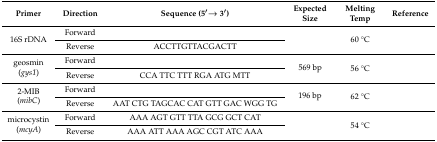
<table><thead><tr><td><b>Primer</b></td><td><b>Direction</b></td><td><b>Sequence (5′→ 3′)</b></td><td><b>Expected Size</b></td><td><b>Melting Temp</b></td><td><b>Reference</b></td></tr></thead><tbody><tr><td rowspan="2">16S rDNA</td><td>Forward</td><td>[EMPTY_CELL]</td><td rowspan="2">[EMPTY_CELL]</td><td rowspan="2">60 °C</td><td rowspan="2">[EMPTY_CELL]</td></tr><tr><td>Reverse</td><td>ACCTTGTTACGACTT</td></tr><tr><td rowspan="2">geosmin(<i>gys1</i>)</td><td>Forward</td><td>[EMPTY_CELL]</td><td rowspan="2">569 bp</td><td rowspan="2">56 °C</td><td rowspan="2">[EMPTY_CELL]</td></tr><tr><td>Reverse</td><td>CCA TTC TTT RGA ATG MTT</td></tr><tr><td rowspan="2">2-MIB(<i>mibC</i>)</td><td>Forward</td><td>[EMPTY_CELL]</td><td rowspan="2">196 bp</td><td rowspan="2">62 °C</td><td rowspan="2">[EMPTY_CELL]</td></tr><tr><td>Reverse</td><td>AAT CTG TAGCAC CAT GTT GAC WGG TG</td></tr><tr><td rowspan="2">microcystin(<i>mcyA</i>)</td><td>Forward</td><td>AAA AGT GTT TTA GCG GCT CAT</td><td rowspan="2">[EMPTY_CELL]</td><td rowspan="2">54 °C</td><td rowspan="2">[EMPTY_CELL]</td></tr><tr><td>Reverse</td><td>AAA ATT AAA AGC CGT ATC AAA</td></tr></tbody></table>